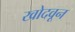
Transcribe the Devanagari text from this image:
खोदवून